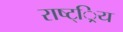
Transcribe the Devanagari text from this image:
राष्ट््रिय